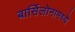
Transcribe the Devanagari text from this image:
बार्सिलोनामध्ये